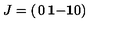
J = \left( \begin{matrix} { 0 } & { \mathrm { \bf 1 } } \\ { - \mathrm { \bf 1 } } & { 0 } \\ \end{matrix} \right)